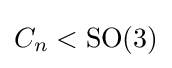
C_{n}<\operatorname {SO} (3)